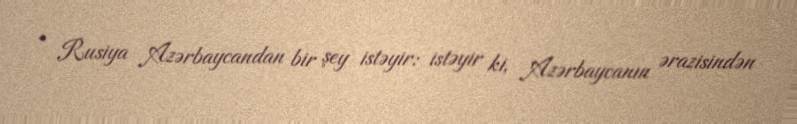
- Rusiya Azərbaycandan bir şey istəyir: istəyir ki, Azərbaycanın ərazisindən